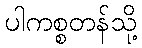
ပါကစ္စတန်သို့